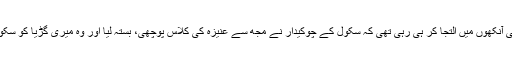
ابھی وہ مجھ سے آنکھوں ہی آنکھوں میں التجا کر ہی رہی تھی کہ سکول کے چوکیدار نے مجھ سے عنیزہ کی کلاس پوچھی، بستہ لیا اور وہ میری گڑیا کو سکول کی عمارت میں لے گیا۔